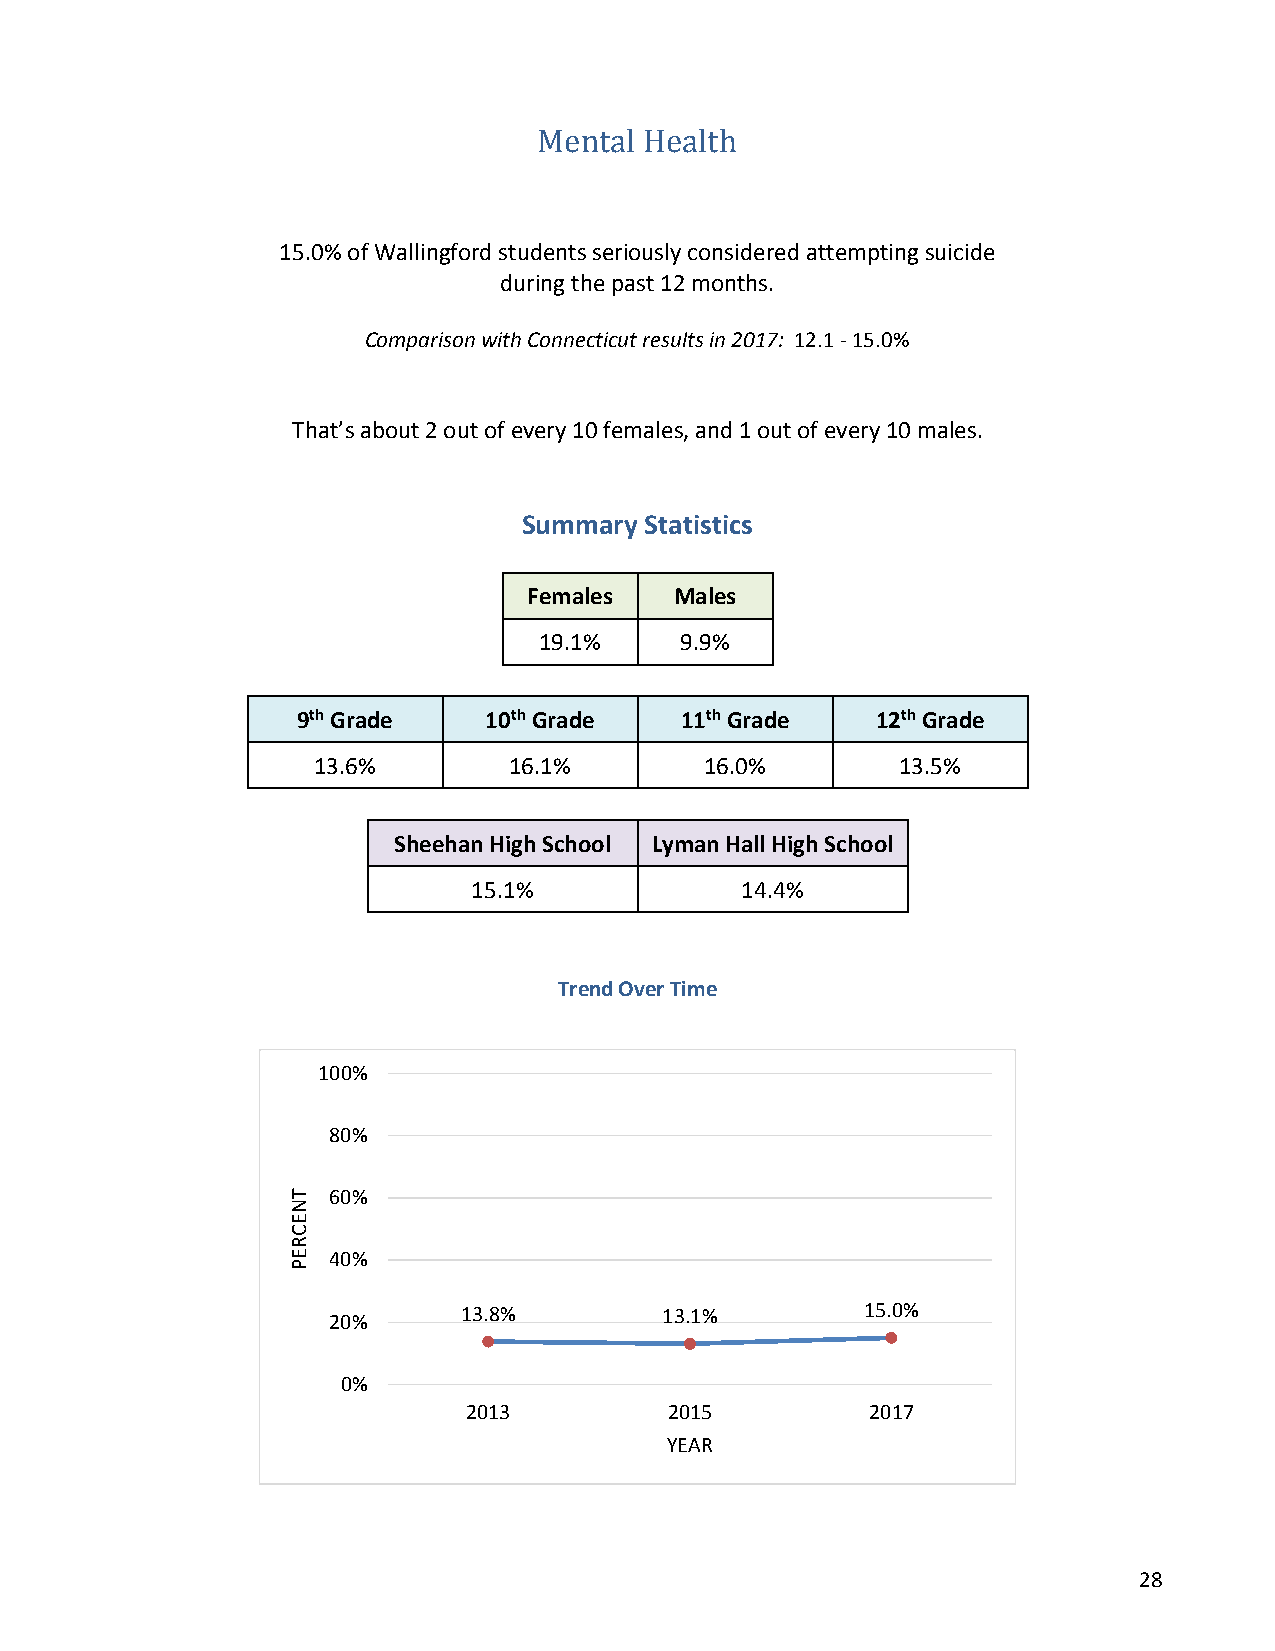
Mental Health
 15.0% of Wallingford students seriously considered attempting suicide
 during the past 12 months.
 Comparison with Connecticut results in 2017: 12.1 - 15.0%
 That’s about 2 out of every 10 females, and 1 out of every 10 males.
 Summary Statistics
 Females   Males
 19.1%    9.9%
 9th Grade   10th Grade   11th Grade   12th Grade
 13.6%        16.1%        16.0%        13.5%
 Sheehan High School Lyman Hall High School
 15.1%             14.4%
 Trend Over Time
 100%
 80%
 60%
 40%
 20%      13.8%        13.1%        15.0%
 0%
 2013         2015          2017
 YEAR
 28
 TNECREP